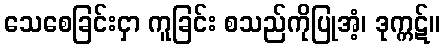
သေစေခြင်းငှာ ကူခြင်း စသည်ကိုပြုအံ့၊ ဒုက္ကဋ်။